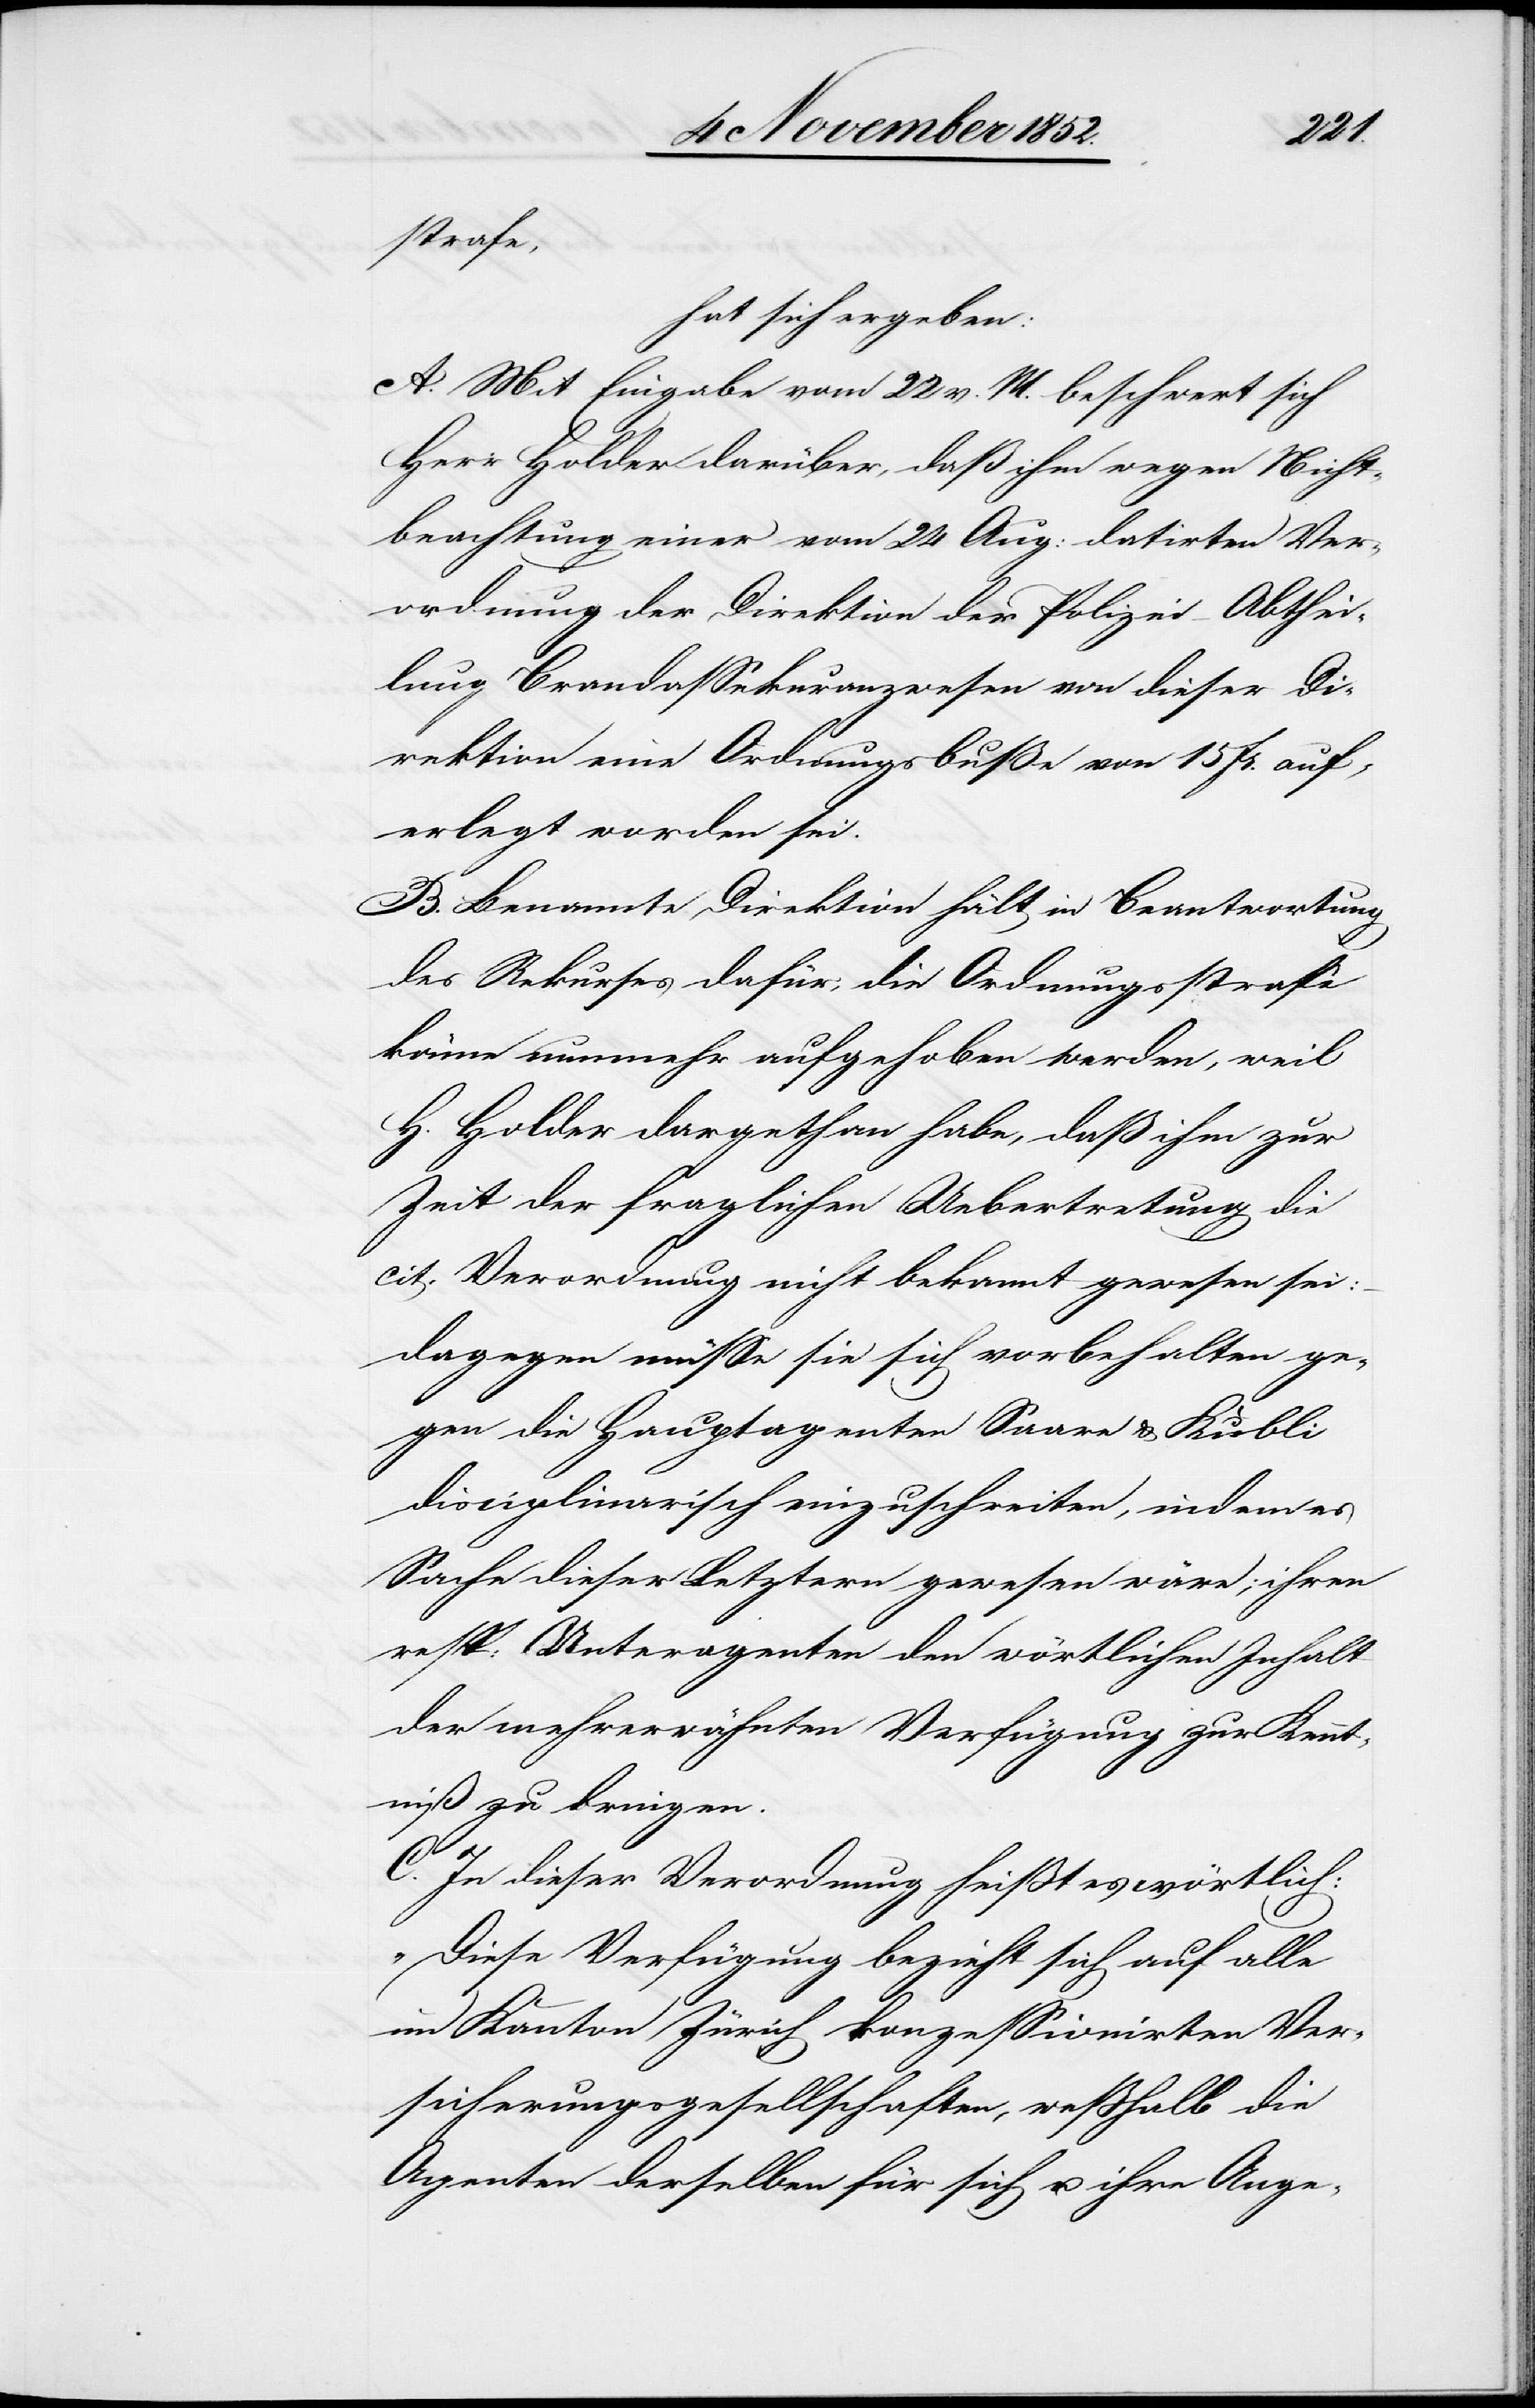
strafe,
hat sich ergeben:
A. Mit Eingabe vom 22 v. M. beschwert sich
Herr Holder darüber, daß ihm wegen Nicht¬
beachtung einer vom 24 Aug: datirten Ver¬
ordnung der Direktion der Polizei – Abthei¬
lung Brandassekuranzwesen von dieser Di¬
rektion eine Ordnungsbuße von 15 Fr. auf¬
erlegt worden sei.
B. Benannte Direktion hält in Beantwortung
des Rekurses dafür, die Ordnungsstrafe
könne nunmehr aufgehoben werden, weil
H. Holder dargethan habe, daß ihm zur
Zeit der fraglichen Uebertretung die
cit. Verordnung nicht bekannt gewesen sei:
dagegen müsse sie sich vorbehalten ge¬
gen die Hauptagenten Saare & Kubli
disciplinarisch einzuschreiten, indem es
Sache dieser Letztern gewesen wäre; ihren
resp: Unteragenten den wörtlichen Inhalt
der mehrerwähnten Verfügung zur Kennt¬
niß zu bringen.
C. In dieser Verordnung heißt es wörtlich:
„Diese Verfügung bezieht sich auf alle
im Kanton Zürich konzessionirten Ver¬
sicherungsgesellschaften, weßhalb die
Agenten derselben für sich u. ihre Ange-